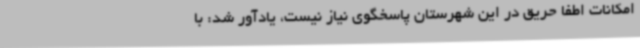
امکانات اطفا حریق در این شهرستان پاسخگوی نیاز نیست، یادآور شد: با